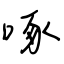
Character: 啄